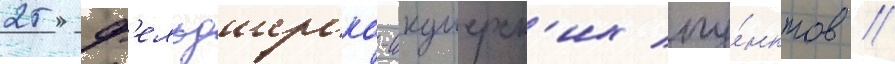
25 ф'ельдшерско-акушерск'их пу́нктов //